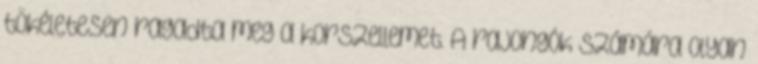
tökéletesen ragadta meg a korszellemet. A rajongók számára olyan